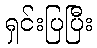
ရှင်းပြပြီး